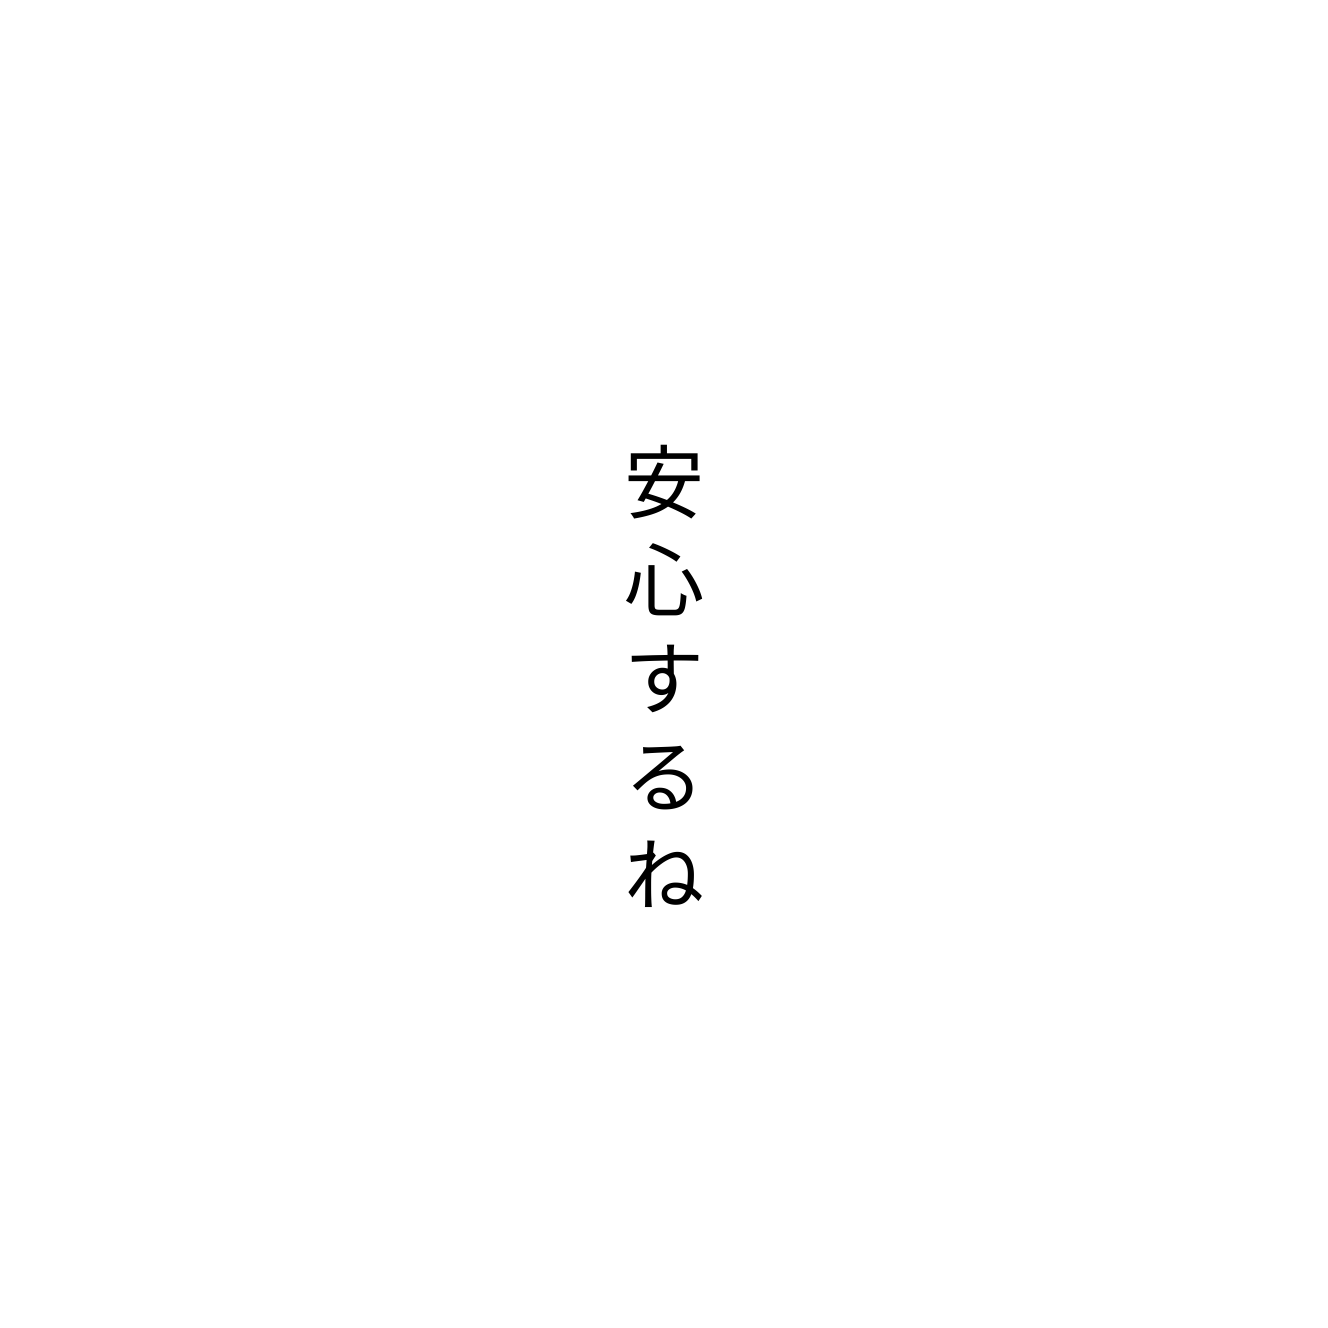
安心するね